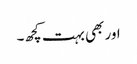
اور بھی بہت کچھ۔